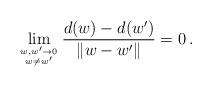
LaTeX: \begin{align*}\lim_{w,w'\to 0\atop w\neq w'}\frac{d(w)-d(w')}{\|w-w'\|}=0\,.\end{align*}